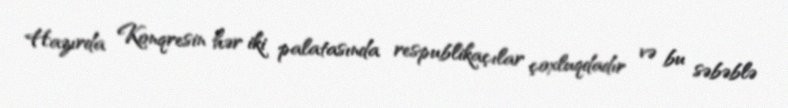
Hazırda Konqresin hər iki palatasında respublikaçılar çoxluqdadır və bu səbəblə